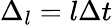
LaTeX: \Delta_{l}=l\Delta t